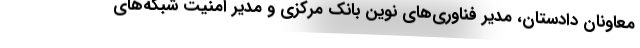
معاونان دادستان، مدیر فناوری‌های نوین بانک مرکزی و مدیر امنیت شبکه‌های